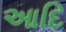
આદિ